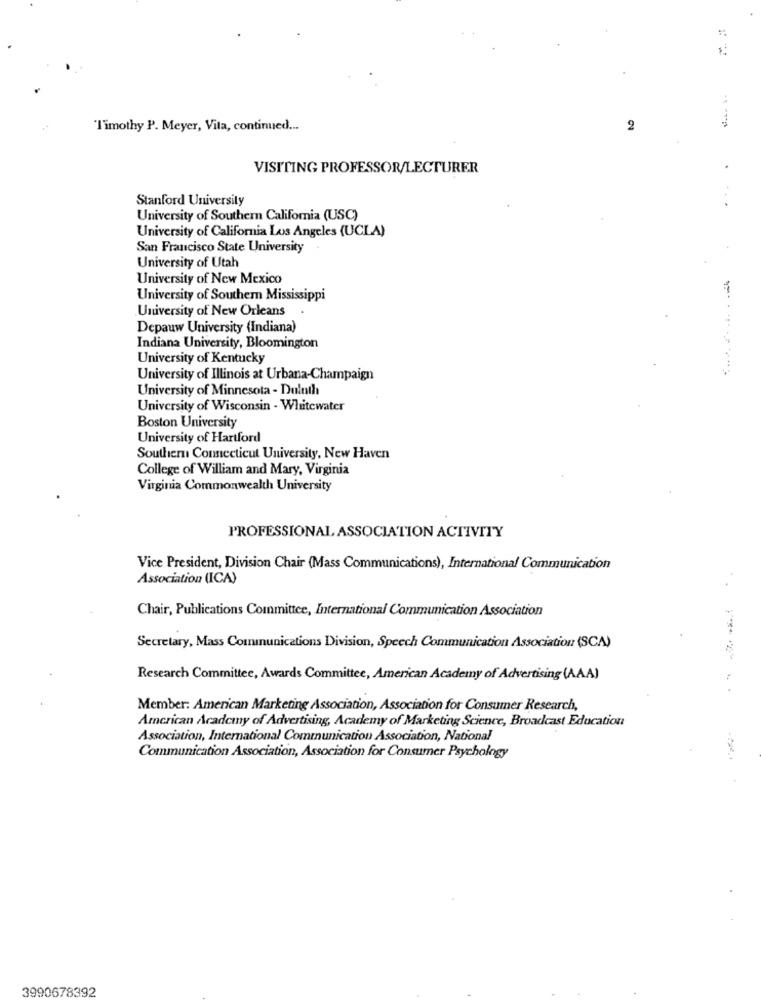
Timothy P. Meyer, Vita, continued ...
2
VISITING PROFESSOR/LECTURER
Stanford University
....
University of Southern California (USC)
University of California Los Angeles (UCLA)
San Francisco State University
University of Utah
University of New Mexico
University of Southern Mississippi
University of New Orleans
Depauw University (Indiana)
Indiana University, Bloomington
University of Kentucky
University of Illinois at Urbana-Champaign
University of Minnesota - Duluth
University of Wisconsin - Whitewater
Boston University
University of Hartford
Southern Connecticut University, New Haven
College of William and Mary, Virginia
Virginia Commonwealth University
PROFESSIONAL ASSOCIATION ACTIVITY
Vice President, Division Chair (Mass Communications), International Communication
Association (ICA)
Chair, Publications Committee, International Communication Association
Secretary, Mass Communications Division, Speech Communication Association (SCA)
Research Committee, Awards Committee, American Academy of Advertising (AAA)
Member: American Marketing Association, Association for Consumer Research,
American Academy of Advertising, Academy of Marketing Science, Broadcast Education
Association, International Communication Association, National
Communication Association, Association for Consumer Psychology
3990678392